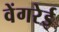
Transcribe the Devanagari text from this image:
वेंगरेई